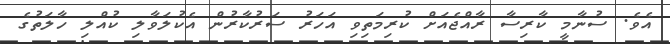
އެެވެ. ސުނާމީ ކާރިސާ ރާއްޖެއަށް ކުރިމަތިވި އަހަރު ސަރުކާރުން އެކުލަވާލި ކުއްލި ހާލަތުގެ